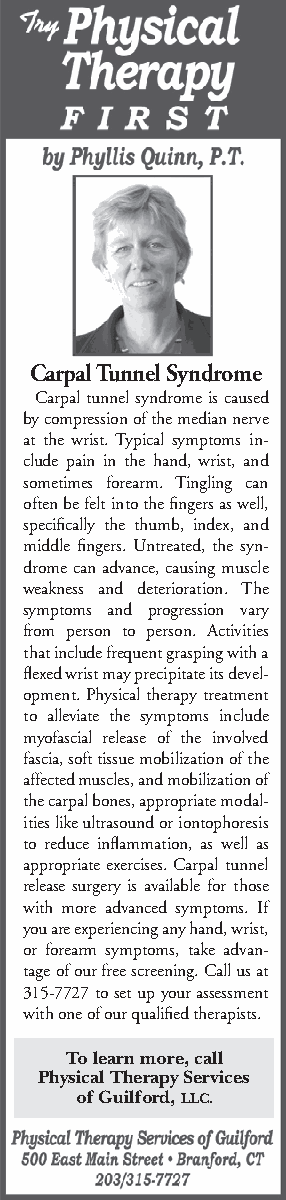
Carpal Tunnel Syndrome
 Carpal tunnel syndrome is caused
 by compression of the median nerve
 at the wrist. Typical symptoms in-
 clude pain in the hand, wrist, and
 sometimes forearm. Tingling can
 often be felt into the fingers as well,
 specifically the thumb, index, and
 middle fingers. Untreated, the syn-
 drome can advance, causing muscle
 weakness and deterioration. The
 symptoms and progression vary
 from person to person. Activities
 that include frequent grasping with a
 flexed wrist may precipitate its devel-
 opment. Physical therapy treatment
 to alleviate the symptoms include
 myofascial release of the involved
 fascia, soft tissue mobilization of the
 affected muscles, and mobilization of
 the carpal bones, appropriate modal-
 ities like ultrasound or iontophoresis
 to reduce inflammation, as well as
 appropriate exercises. Carpal tunnel
 release surgery is available for those
 with more advanced symptoms. If
 you are experiencing any hand, wrist,
 or forearm symptoms, take advan-
 tage of our free screening. Call us at
 315-7727 to set up your assessment
 with one of our qualified therapists.
 To learn more, call
 Physical Therapy Services
 of Guilford, LLC.